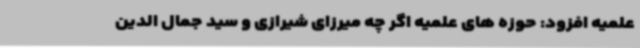
علمیه افزود: حوزه های علمیه اگر چه میرزای شیرازی و سید جمال الدین